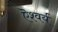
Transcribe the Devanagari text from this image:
ऎश्वर्य